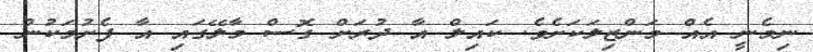
ނިމެނީ އެއް މަންޒިލަކަށެވެ. ކައިލް އާ ދުުރަށް ގޮސް މާލޭގައި އާ ފެށުމަކުން